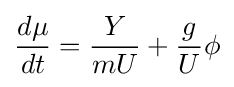
{\frac {d\mu }{dt}}={\frac {Y}{mU}}+{\frac {g}{U}}\phi